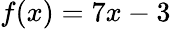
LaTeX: f(x)=7x-3